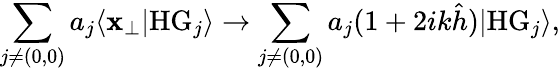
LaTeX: \sum_{j\neq(0,0)}a_{j}\langle\mathbf{x}_{\perp}|\mathrm{{HG}}_{j}\rangle\rightarrow\sum_{j\neq(0,0)}a_{j}(1+2ik\hat{{h}})|\mathrm{{HG}}_{j}\rangle,